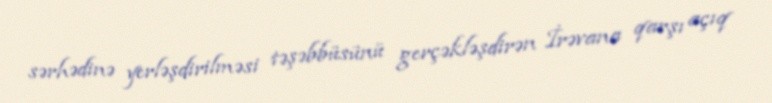
sərhədinə yerləşdirilməsi təşəbbüsünü gerçəkləşdirən İrəvana qarşı açıq